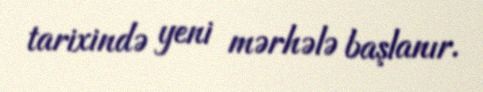
tarixində yeni mərhələ başlanır.